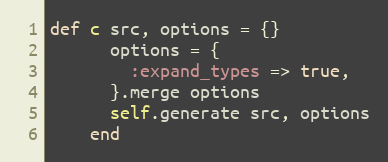
Language: Ruby
def c src, options = {}
      options = {
        :expand_types => true,
      }.merge options
      self.generate src, options
    end